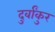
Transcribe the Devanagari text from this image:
दुर्वांकुर